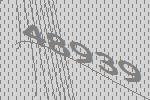
48939